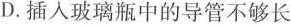
D.插入玻璃瓶中的导管不够长